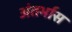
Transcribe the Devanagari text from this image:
अंतर्भास